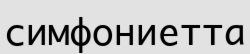
симфониетта